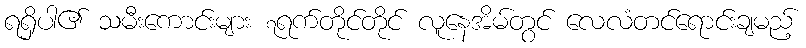
ရရှိပါ၏ သမီးကောင်းများ ၇ရက်တိုင်တိုင် လူနေအိမ်တွင် လေလံတင်ရောင်းချမည့်